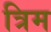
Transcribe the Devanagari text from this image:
त्रिम